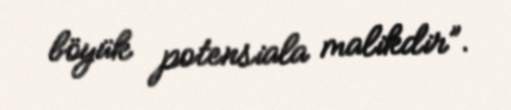
böyük potensiala malikdir”.